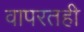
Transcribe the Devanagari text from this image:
वापरतही